Annual report of the Punjab Veterinary College and of the Civil Veterinary Department, Punjab - 1926-1932
Year: 1926
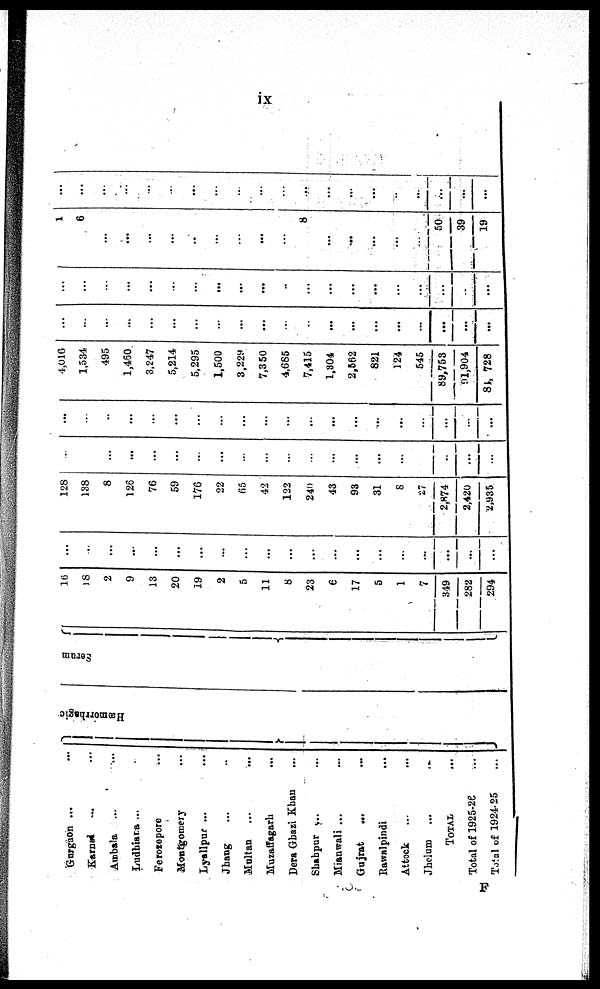
ix
Gurgaon ... ...
Karnal ... ...
Ambala ... ...
Ludhiana ... ...
Ferozepore ...
Montgomery ...
Lyallpur ... ...
Jhang ... ..
Multan ... ...
Muzaffagarh ...
Dera Ghazi Khan ...
Shahpur ... ...
Mianwali ... ...
Gujrat
... ...
Rawalpindi ...
Attock ... ...
Jhelum ... ..
TOTAL ...
Total of 1925-26 ...
Total of 1924-25
...
Hæmorrhagic
Serum
16
18
2
9
13
20
19
2
5
11
8
23
6
17
5
1
7
349
282
294
...
...
...
...
...
...
...
...
...
...
...
...
...
...
...
...
...
...
...
...
128
138
8
126
76
59
176
22
65
42
122
240
43
93
31
8
27
2,874
2,420
2,935
...
...
...
...
...
...
...
...
...
...
...
...
...
...
...
...
...
..
...
...
...
...
..
...
...
...
...
...
...
...
...
...
...
...
...
...
...
...
...
...
4,016
1,534
495
1,450
3.247
5,214
5,295
1,500
3,229
7,350
4,685
7,415
1,304
2,562
821
124
545
89,753
91,904
84,728
...
...
...
...
...
...
...
...
...
...
...
...
...
...
...
...
...
...
...
...
...
...
...
...
...
...
...
...
...
...
..
...
...
...
...
...
...
...
..
...
1
6
...
...
...
...
..
...
...
...
...
8
...
...
...
...
...
50
39
19
...
...
...
...
...
...
...
...
...
...
...
...
...
...
...
...
...
...
...
...
F